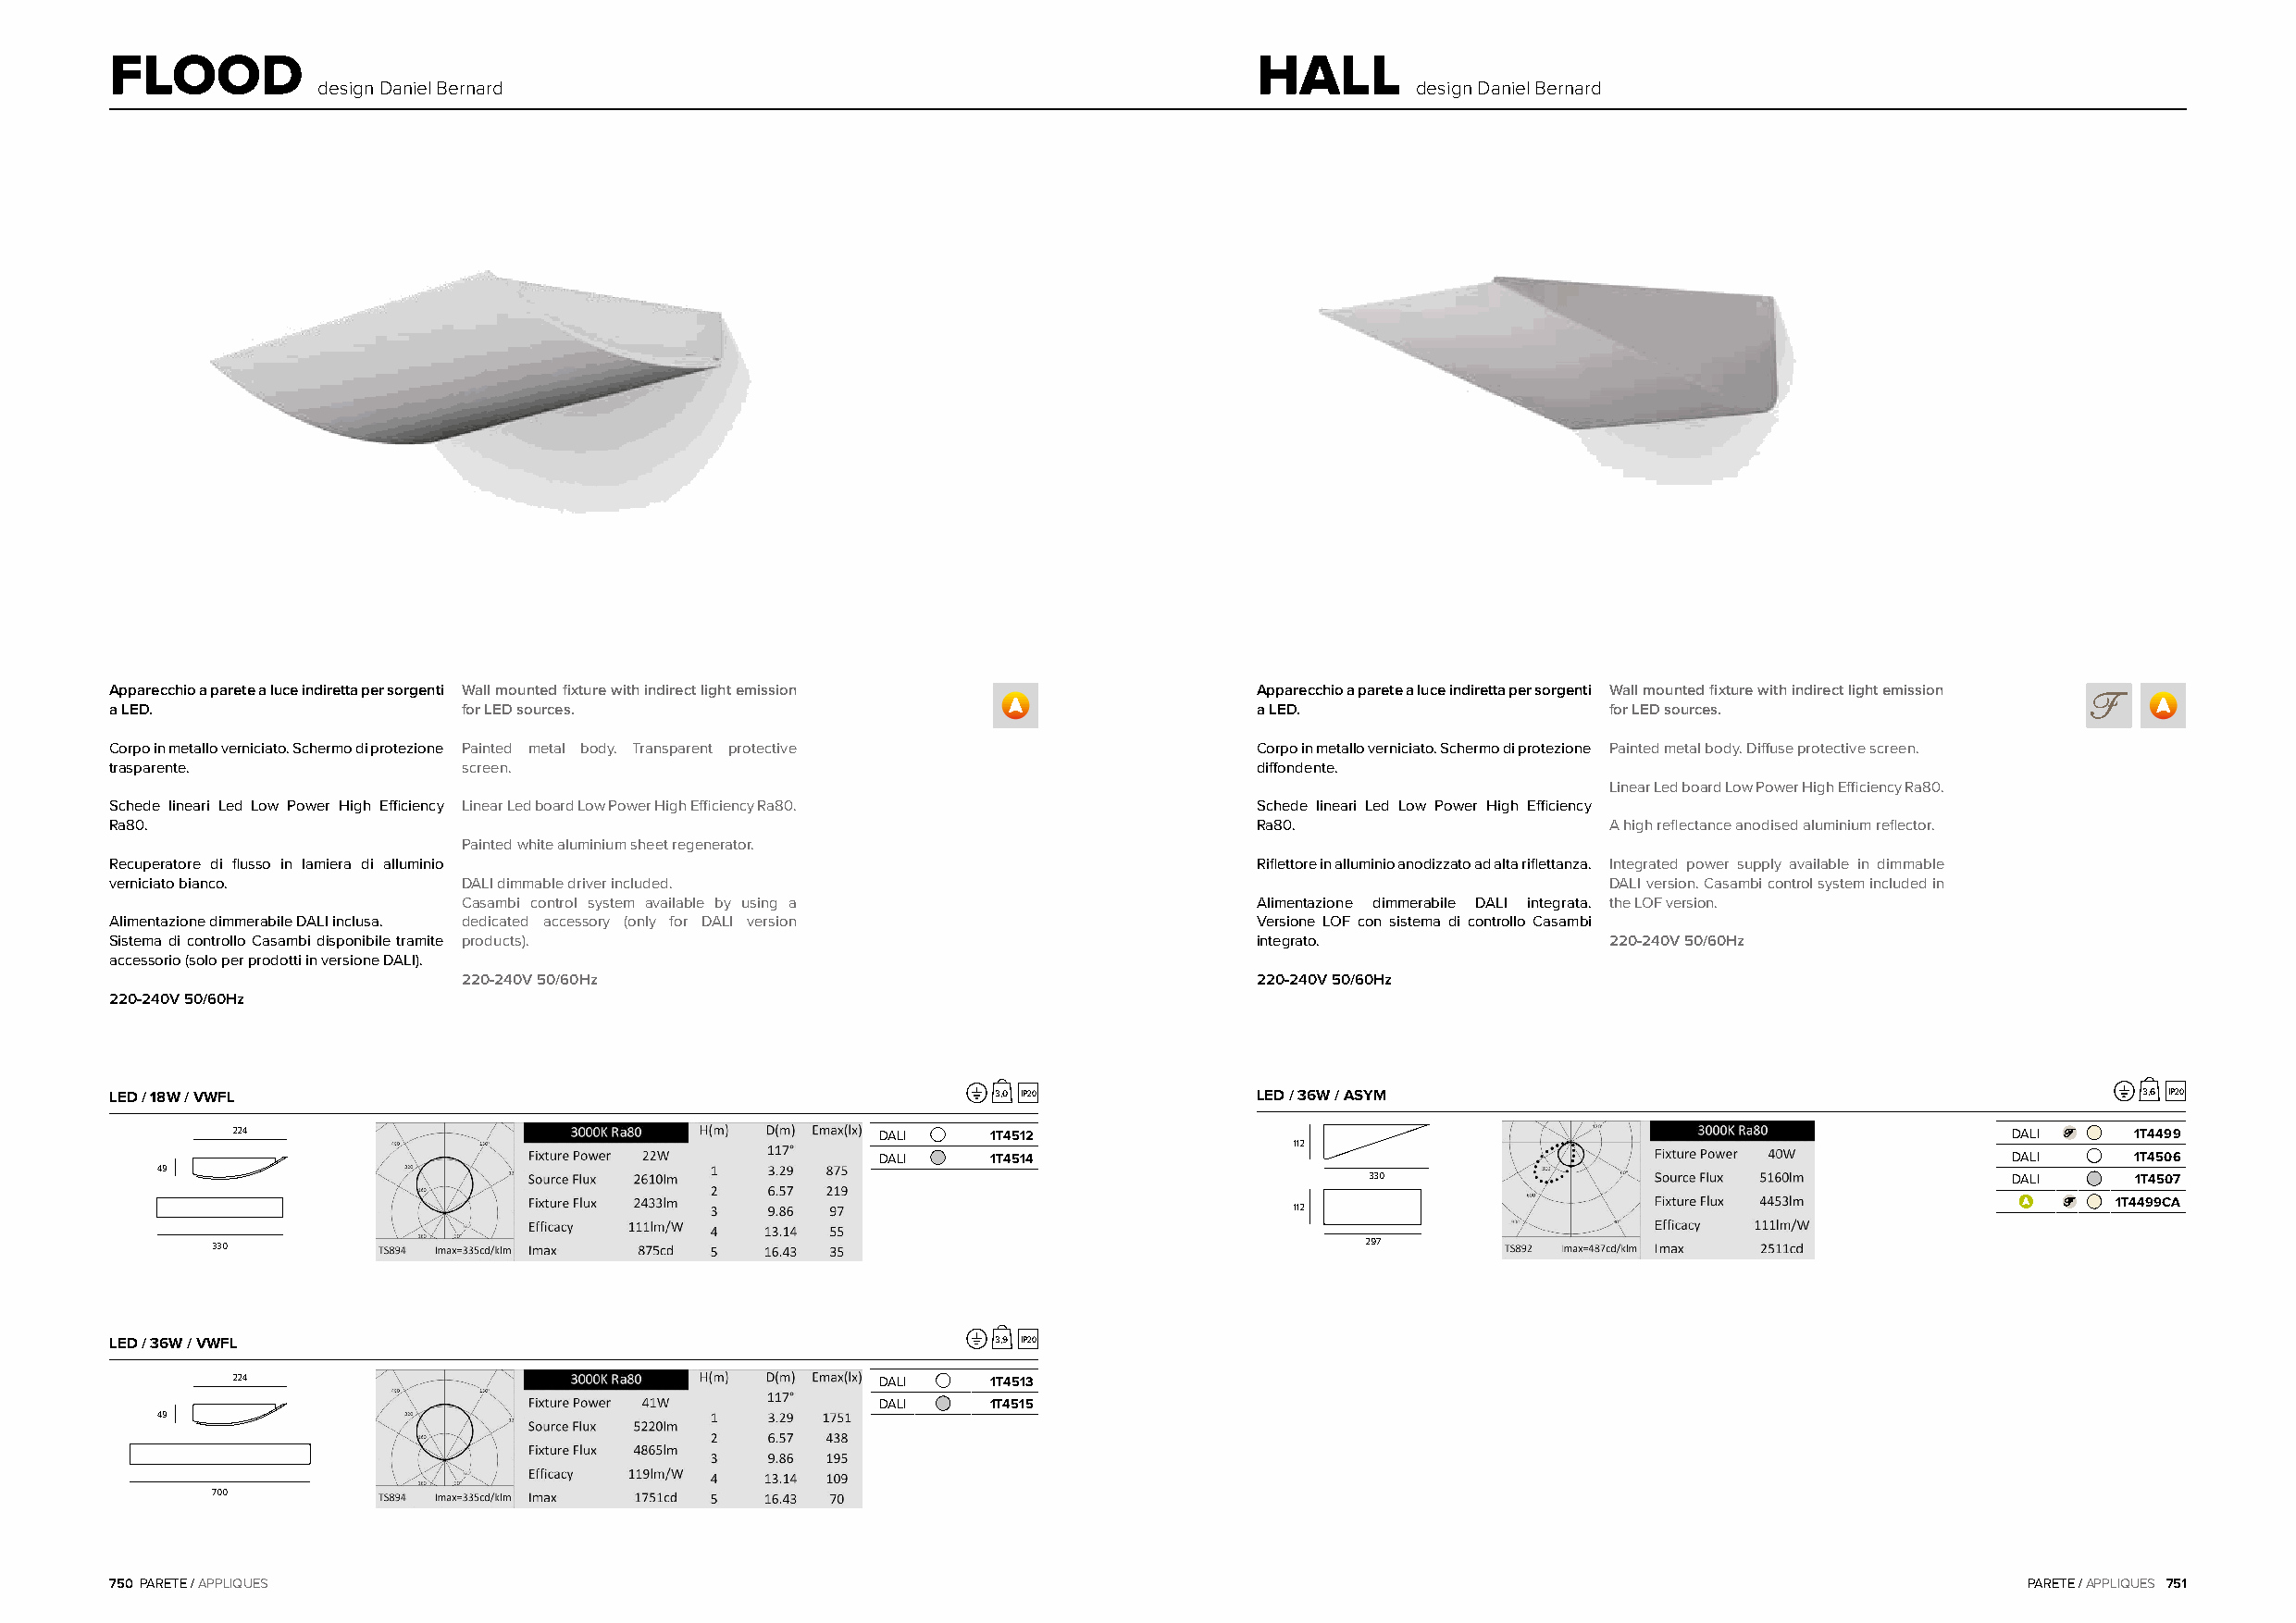
FLOOD                                                                             HALL
 design Daniel Bernard                                                         design Daniel Bernard
 Apparecchio a parete a luce indiretta per sorgenti Wall mounted fixture with indirect light emission Apparecchio a parete a luce indiretta per sorgenti Wall mounted fixture with indirect light emission
 a LED.                   for LED sources.                                         a LED.                   for LED sources.
 Corpo in metallo verniciato. Schermo di protezione Painted metal body. Transparent protective Corpo in metallo verniciato. Schermo di protezione Painted metal body. Diffuse protective screen.
 trasparente.             screen.                                                  diffondente.
 Linear Led board Low Power High Efficiency Ra80.
 Schede lineari Led Low Power High Efficiency Linear Led board Low Power High Efficiency Ra80. Schede lineari Led Low Power High Efficiency
 Ra80.                                                                             Ra80.                    A high reflectance anodised aluminium reflector.
 Painted white aluminium sheet regenerator.
 Recuperatore di flusso in lamiera di alluminio                                    Riflettore in alluminio anodizzato ad alta riflettanza. Integrated power supply available in dimmable
 verniciato bianco.       DALI dimmable driver included.                                                    DALI version. Casambi control system included in
 Casambi control system available by using a              Alimentazione dimmerabile DALI integrata. the LOF version.
 Alimentazione dimmerabile DALI inclusa. dedicated accessory (only for DALI version Versione LOF con sistema di controllo Casambi
 Sistema di controllo Casambi disponibile tramite products).                       integrato.               220-240V 50/60Hz
 accessorio (solo per prodotti in versione DALI).
 220-240V 50/60Hz                                         220-240V 50/60Hz
 220-240V 50/60Hz
 LED / 18W / VWFL                                               3,0 IP20           LED / 36W / ASYM                                               3,6 IP20
 224                                           DALI    1T4512                                                                   DALI     1T4499
 112
 DALI    1T4514                                                                   DALI     1T4506
 49
 330                                           DALI     1T4507
 112                                                        1T4499CA
 330                                                                                297
 LED / 36W / VWFL                                               3,9 IP20
 224                                           DALI    1T4513
 DALI    1T4515
 49
 700
 750 PARETE / APPLIQUES                                                                                                                   PARETE / APPLIQUES 751